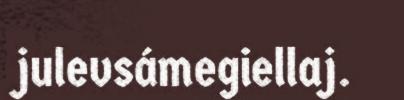
julevsámegiellaj.